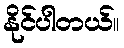
နိုင်ပါတယ်။